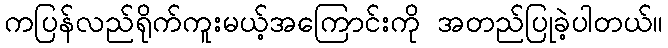
ကပြန်လည်ရိုက်ကူးမယ့်အကြောင်းကို အတည်ပြုခဲ့ပါတယ်။